65_HS1-834228961_62-HQ-83894_Serial_164
Agency: FBI
Page 83
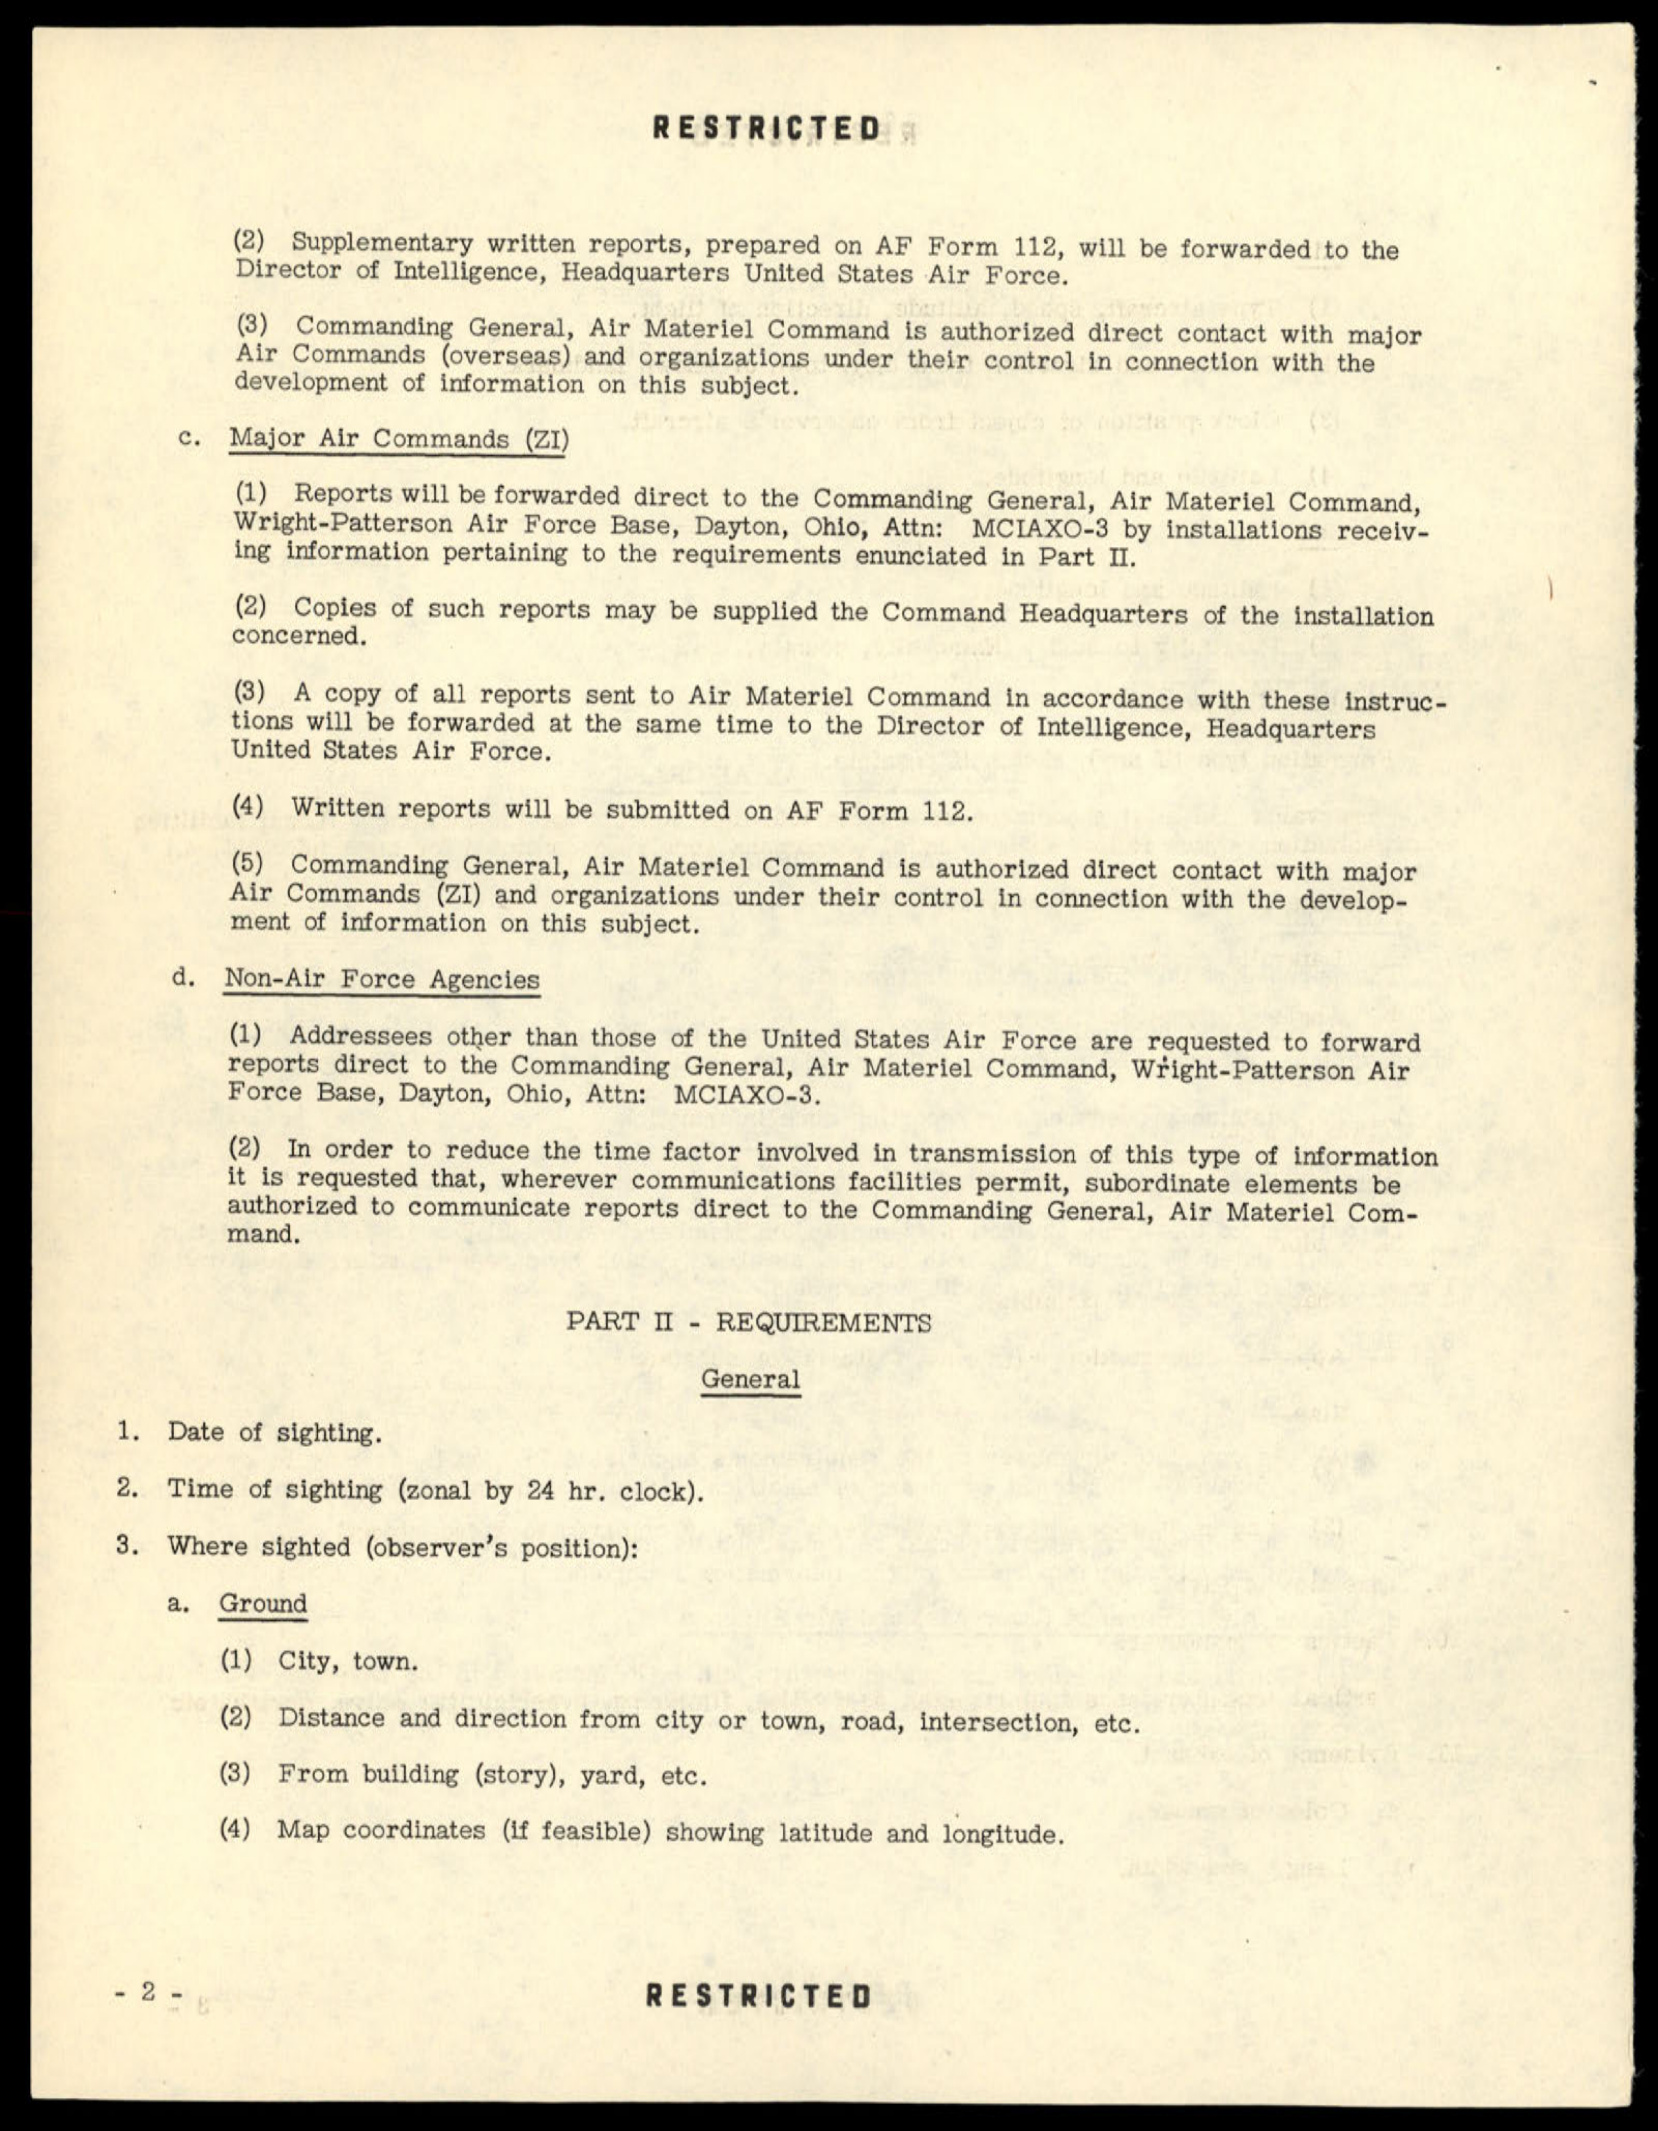